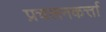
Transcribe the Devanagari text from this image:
प्रचलनकर्त्ता